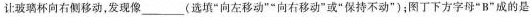
让玻璃杯向右侧移动，发现像___(选填”向左移动””向右移动”或”保持不动”)；图丁下方字母”B”成的是